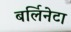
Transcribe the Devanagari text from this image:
बर्लिनेटा